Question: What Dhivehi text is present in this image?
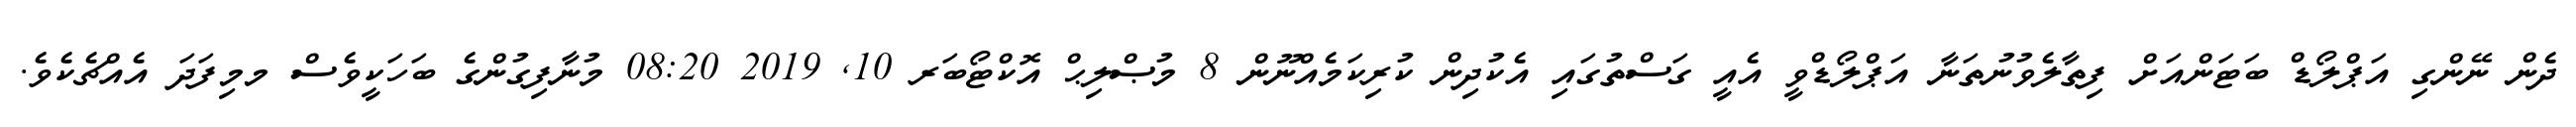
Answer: ދެން ނޭންގި އަޕްލޯޑް ބަޓަންއަށް ފިތާލެވުނުތަނާ އަޕްލޯޑްވީ އެއީ ގަސްތުގައި އެކުދިން ކުރިކަމެއްނޫން 8 މުޞްލިޙް އޮކްޓޯބަރ 10, 2019 08:20 މުނާފިގުންގެ ބަހަކީވެސް މމިފަދަ އެއްޗެކެވެ.